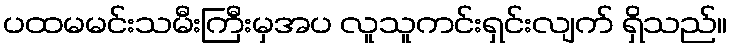
ပထမမင်းသမီးကြီးမှအပ လူသူကင်းရှင်းလျက် ရှိသည်။